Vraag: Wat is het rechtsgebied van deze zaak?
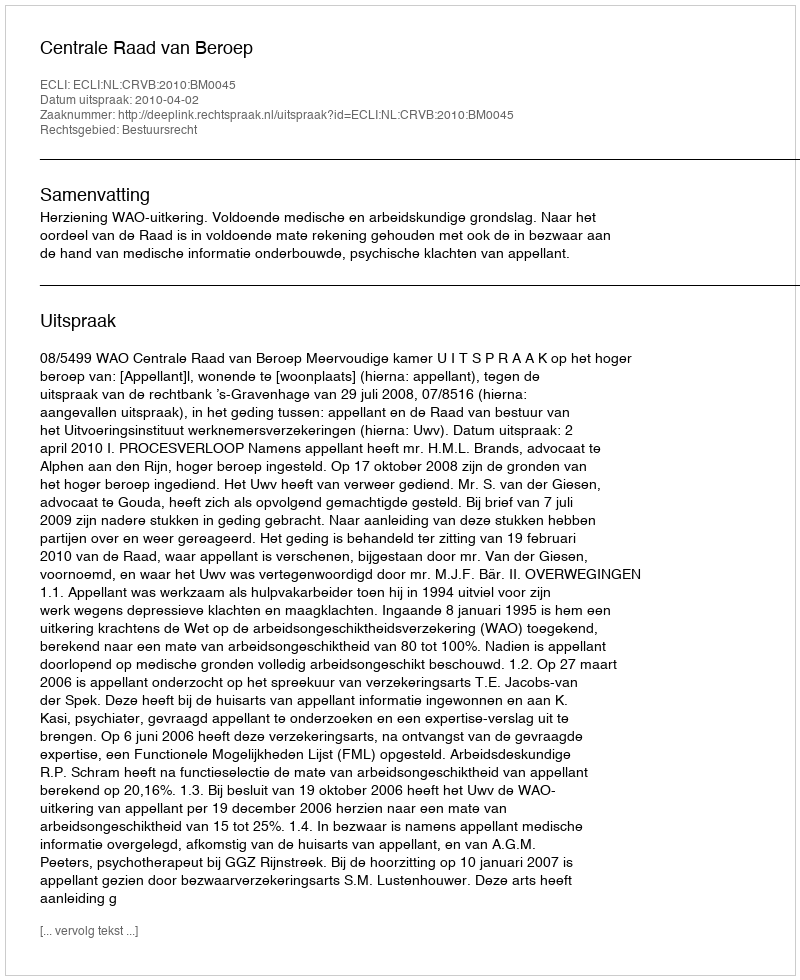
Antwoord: Bestuursrecht